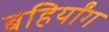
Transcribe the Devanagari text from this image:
बहिर्यांग